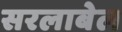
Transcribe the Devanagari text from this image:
सरलाबेल